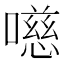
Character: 㘂